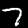
Label: 7